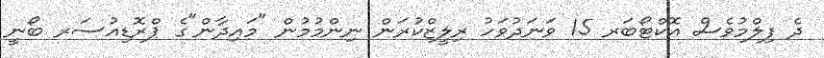
ދެ ފިލްމުވެސް އޮކްޓޯބަރ 15 ވަނަދުވަހު ރިލީޒްކުރަން ނިންމުމުން "މައިދާން"ގެ ޕްރޮޑިއުސަރ ބޯނީ